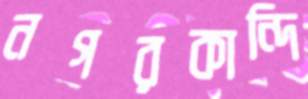
নগরকান্দি